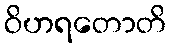
ဝိဟရတောတိ